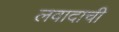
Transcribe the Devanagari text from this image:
लवादाची